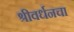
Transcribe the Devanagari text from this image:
श्रीवर्धनचा